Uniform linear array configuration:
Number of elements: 32
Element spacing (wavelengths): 0.5
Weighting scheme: hamming
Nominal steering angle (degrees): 0
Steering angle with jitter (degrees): -0.8636
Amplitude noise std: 0.05
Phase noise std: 0.05

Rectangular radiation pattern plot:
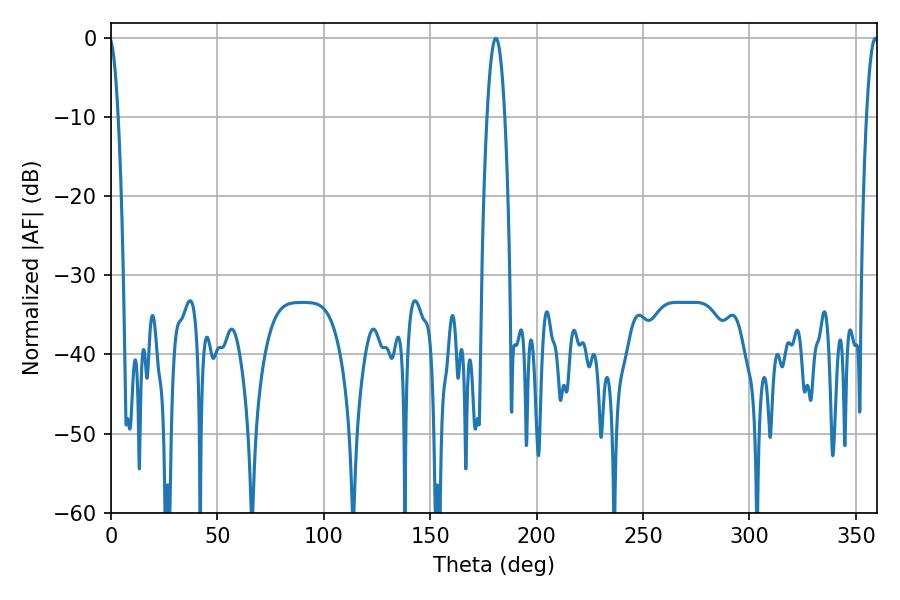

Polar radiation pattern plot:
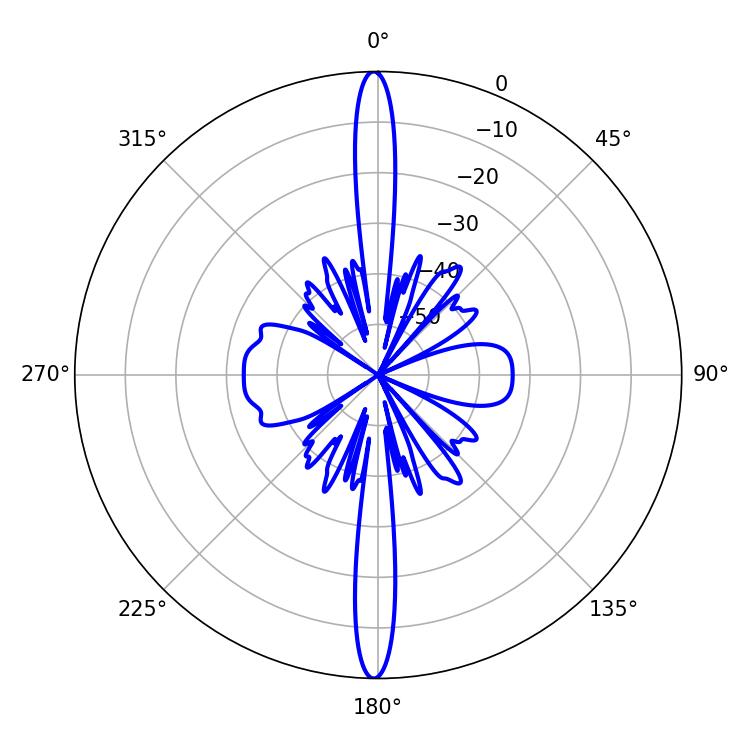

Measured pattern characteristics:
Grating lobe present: FALSE
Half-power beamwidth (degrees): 4.5
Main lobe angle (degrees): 180.9